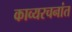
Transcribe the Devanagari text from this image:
काव्यरचनांत